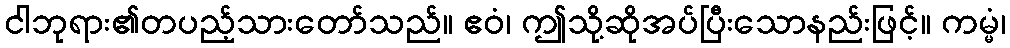
ငါဘုရား၏တပည့်သားတော်သည်။ ဧဝံ၊ ဤသို့ဆိုအပ်ပြီးသောနည်းဖြင့်။ ကမ္မံ၊